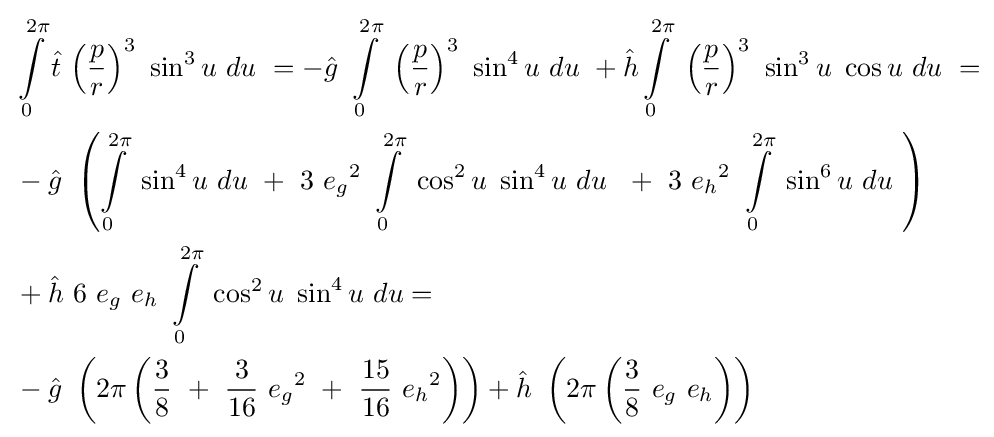
{\begin{aligned}&\int \limits _{0}^{2\pi }{\hat {t}}\ {\left({\frac {p}{r}}\right)}^{3}\ \sin ^{3}u\ du\ =-{\hat {g}}\ \int \limits _{0}^{2\pi }\ {\left({\frac {p}{r}}\right)}^{3}\ \sin ^{4}u\ du\ +{\hat {h}}\int \limits _{0}^{2\pi }\ {\left({\frac {p}{r}}\right)}^{3}\ \sin ^{3}u\ \cos u\ du\ =\\&-{\hat {g}}\ \left(\int \limits _{0}^{2\pi }\ \sin ^{4}u\ du\ +\ 3\ {e_{g}}^{2}\ \int \limits _{0}^{2\pi }\ \cos ^{2}u\ \sin ^{4}u\ du\ \ +\ 3\ {e_{h}}^{2}\ \int \limits _{0}^{2\pi }\ \sin ^{6}u\ du\ \right)\\&+{\hat {h}}\ 6\ e_{g}\ e_{h}\ \int \limits _{0}^{2\pi }\ \cos ^{2}u\ \sin ^{4}u\ du=\\&-{\hat {g}}\ \left(2\pi \left({\frac {3}{8}}\ +\ {\frac {3}{16}}\ {e_{g}}^{2}\ +\ {\frac {15}{16}}\ {e_{h}}^{2}\right)\right)+{\hat {h}}\ \left(2\pi \left({\frac {3}{8}}\ e_{g}\ e_{h}\right)\right)\end{aligned}}